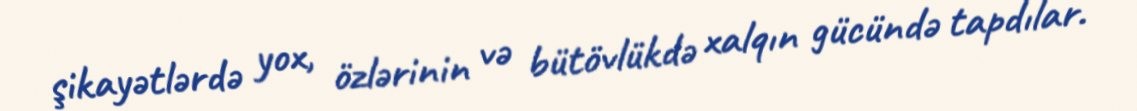
şikayətlərdə yox, özlərinin və bütövlükdə xalqın gücündə tapdılar.